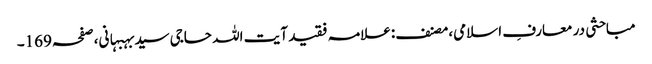
مباحثی در معارفِ اسلامی،مصنف:علامہ فقید آیت اللہ حاجی سیدبہبہانی،صفحہ169۔